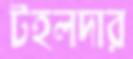
টহলদার